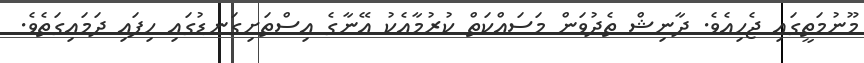
މޫނުމަތީގައި ޖެހިއެވެ. ދާނިޝް ތެދުވަން މަސައްކަތް ކުރުމާއެކު އޭނާގެ އިސްތަށިގަނޑުގައި ހިފައި ދަމައިގަތެވެ.